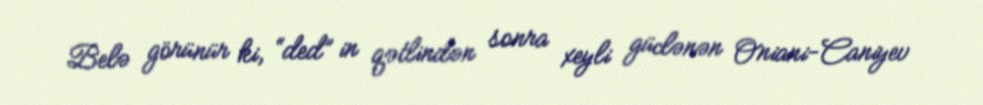
Belə görünür ki, “ded” in qətlindən sonra xeyli güclənən Oniani-Caniyev